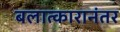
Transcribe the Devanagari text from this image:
बलात्कारानंतर